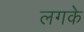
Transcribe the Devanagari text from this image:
लगके